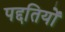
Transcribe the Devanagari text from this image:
पद्दतियों